Civil Veterinary Department Bihar reports 1940-50 - 1940-1950
Year: 1940
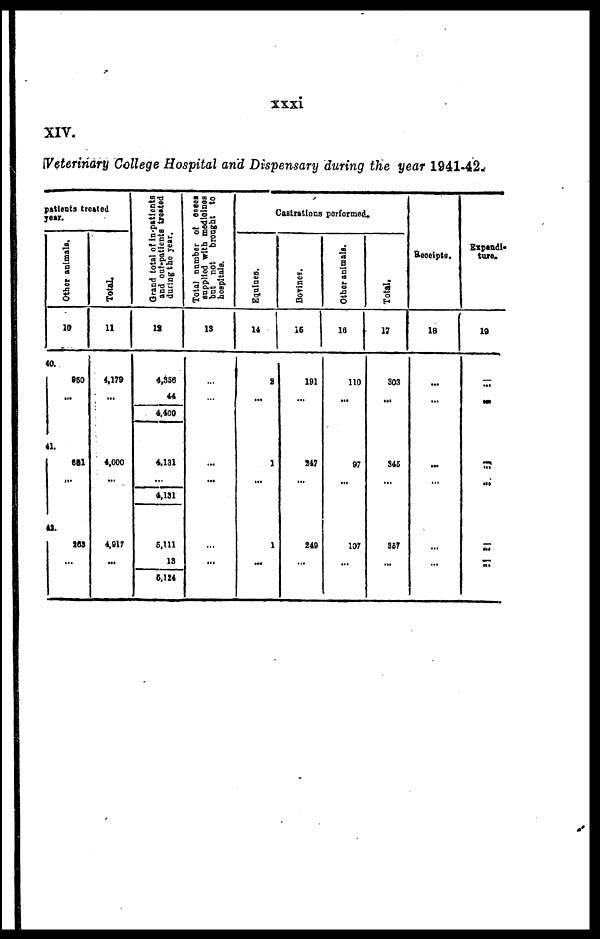
xxxi
XIV.
Veterinary College Hospital and Dispensary during the year 1941-42.
patients treated
year.
Other animals.
10
40.
950
...
...
41.
681
...
42.
289
...
Total.
11
4,179
...
...
4,000
...
4,917
...
Grand total of in-patients
and out-patients treated
during the year.
18
4,356
44
4,400
4.131
...
4,131
5,111
13
5,124
Total number of cases
supplied with medicines
but not brought to
hospitals.
13
...
...
...
...
...
...
Castrations performed.
Equines.
14
2
...
1
...
1
...
Bovines.
16
191
...
247
...
240
...
Other animals.
16
110
...
97
...
107
...
Total.
17
303
...
345
...
357
...
Receipts.
18
...
...
...
...
...
...
Expendi-
ture.
10
...
...
...
...
...
...